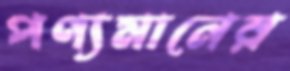
পণ্যমানের